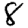
Digit: 8